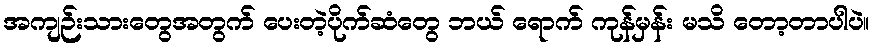
အကျဉ်းသားတွေအတွက် ပေးတဲ့ပိုက်ဆံတွေ ဘယ် ရောက် ကုန်မှန်း မသိ တော့တာပါပဲ။